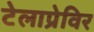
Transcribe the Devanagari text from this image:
टेलाप्रेविर